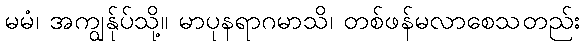
မမံ၊ အကျွန်ုပ်သို့။ မာပုနရာဂမာသိ၊ တစ်ဖန်မလာစေသတည်း